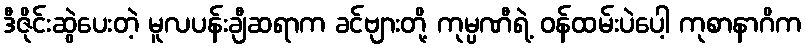
ဒီဇိုင်းဆွဲပေးတဲ့ မူလပန်းချီဆရာက ခင်ဗျားတို့ ကုမ္ပဏီရဲ့ ဝန်ထမ်းပဲပေါ့ ကုစာနာဂိက